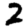
Digit: 2